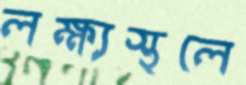
লক্ষ্যস্থলে